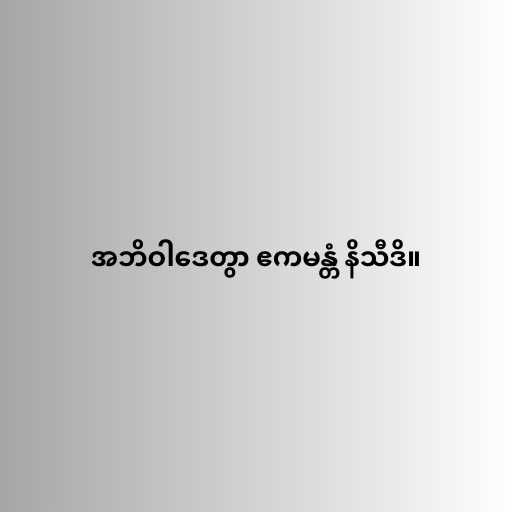
အဘိဝါဒေတွာ ဧကမန္တံ နိသီဒိ။